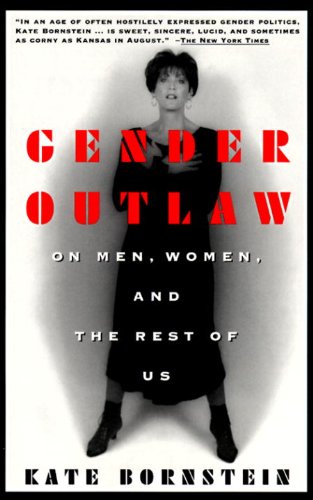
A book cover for Gender Outlaw: On Men, Women and the Rest of Us; Kate Bornstein; Gay & Lesbian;